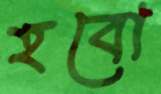
হবো